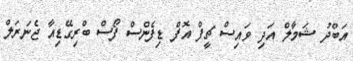
އަބްދު ޝަމާލް އަދި ވައިސް ޗީފް އޮފް ޑިފެންސް ފޯސް ބްރިގޭޑިއާ ޖެނަރަލް